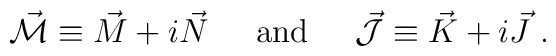
\vec{\cal M} \equiv \vec{M} +i\vec{N} \hspace{.6cm} \mbox{and}\hspace{.6cm} \vec{\cal J} \equiv \vec{K} +i\vec{J} \; .